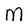
Character: M